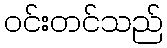
ဝင်းတင်သည်